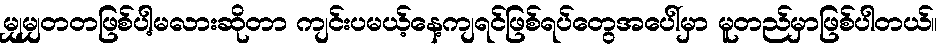
မျှမျှတတဖြစ်ပါ့မလားဆိုတာ ကျင်းပမယ့်နေ့ကျရင်ဖြစ်ရပ်တွေအပေါ်မှာ မူတည်မှာဖြစ်ပါတယ်။